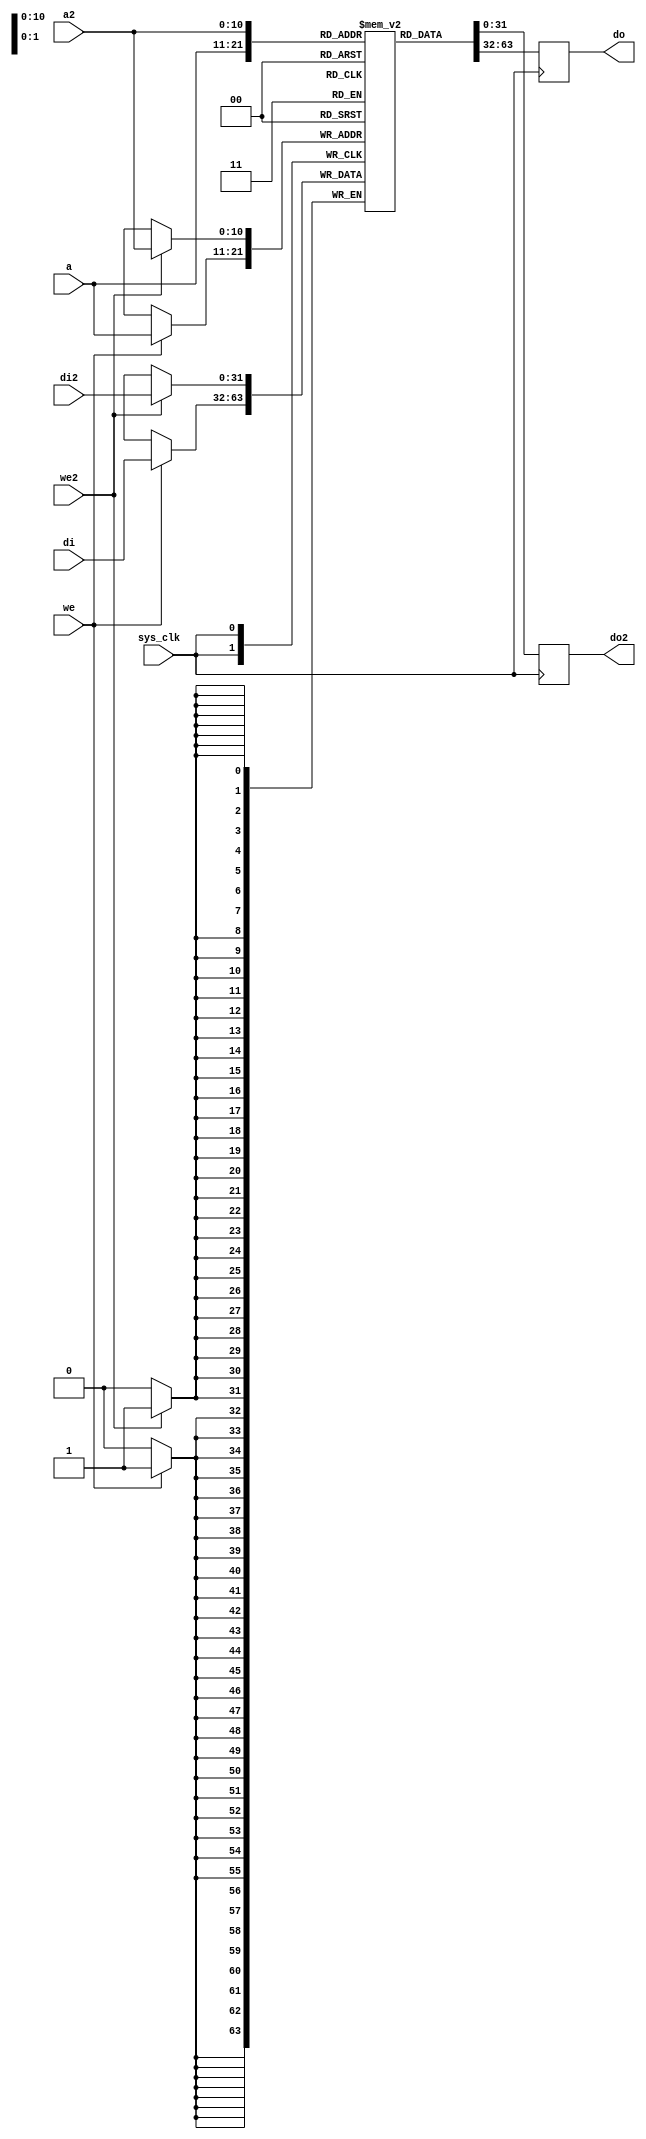
/*
 * Milkymist SoC
 * Copyright (C) 2007, 2008, 2009, 2010, 2011 Sebastien Bourdeauducq
 *
 * This program is free software: you can redistribute it and/or modify
 * it under the terms of the GNU General Public License as published by
 * the Free Software Foundation, version 3 of the License.
 *
 * This program is distributed in the hope that it will be useful,
 * but WITHOUT ANY WARRANTY; without even the implied warranty of
 * MERCHANTABILITY or FITNESS FOR A PARTICULAR PURPOSE.  See the
 * GNU General Public License for more details.
 *
 * You should have received a copy of the GNU General Public License
 * along with this program.  If not, see <http://www.gnu.org/licenses/>.
 */

/* Dual-port RAM with dual write-capable port */

module tmu2_tdpram #(
	parameter depth = 11, /* < log2 of the capacity in words */
	parameter width = 32
) (
	input sys_clk,

	input [depth-1:0] a,
	input we,
	input [width-1:0] di,
	output reg [width-1:0] do,

	input [depth-1:0] a2,
	input we2,
	input [width-1:0] di2,
	output reg [width-1:0] do2
);

reg [width-1:0] ram[0:(1 << depth)-1];


always @(posedge sys_clk) begin
	if(we)
		ram[a] <= di;
	do <= ram[a];
end

always @(posedge sys_clk) begin
	if(we2)
		ram[a2] <= di2;
	do2 <= ram[a2];
end

// synthesis translate_off

/*
 * For some reason, in Verilog the result of an undefined multiplied by zero
 * seems to be undefined.
 * This causes problems with pixels that texcache won't fetch because some fractional
 * parts are zero: the blend unit yields an undefined result on those, instead of ignoring
 * the contribution of the undefined pixel.
 * Work around this by initializing the memories.
 */

integer i;
initial begin
	for(i=0;i<(1 << depth);i=i+1)
		ram[i] = 0;
end

// synthesis translate_on

endmodule